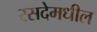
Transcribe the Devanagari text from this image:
रसदेमधील